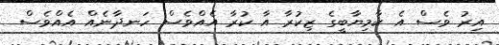
އިރު ވެސް އެ ކާމިޔާބީގެ ޒިކުރާ އާ ކުރާ އެއްވެސް ހަނދާނެއް އެއްވެސް